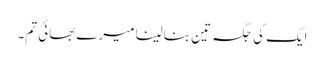
ایک کی جگہ تین بنا لینا میرے بھائی تم۔